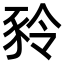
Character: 𧰻